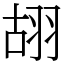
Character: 䎁